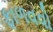
ફાળવવો